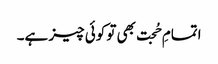
اتمامِ حُجت بھی تو کوئی چیز ہے۔